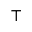
\intercal